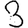
Digit: 3